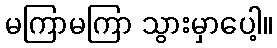
မကြာမကြာ သွားမှာပေါ့။